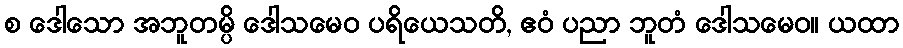
စ ဒေါသော အဘူတမ္ပိ ဒေါသမေဝ ပရိယေသတိ, ဧဝံ ပညာ ဘူတံ ဒေါသမေဝ။ ယထာ